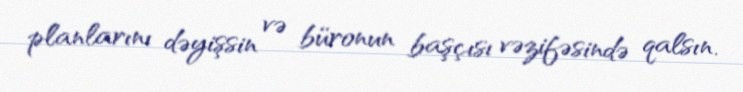
planlarını dəyişsin və büronun başçısı vəzifəsində qalsın.